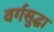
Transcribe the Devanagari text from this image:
वर्गसुद्धा